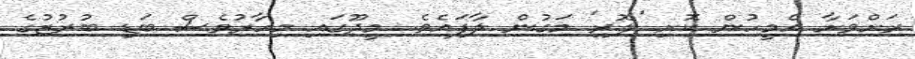
ރަށްވަށާ އެމީހުން ކޮށި 'ލޮރި' މަގުން ލާފައެވެ. މީދޫގައި މިހާރުވެސް ބަޑި ބުރުޒުގެ